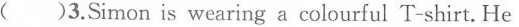
( )3.Simon is wearing a colourful T-shirt. He